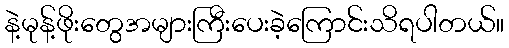
နဲ့မုန့်ဖိုးတွေအများကြီးပေးခဲ့ကြောင်းသိရပါတယ်။